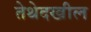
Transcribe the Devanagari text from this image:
तेथेदखील